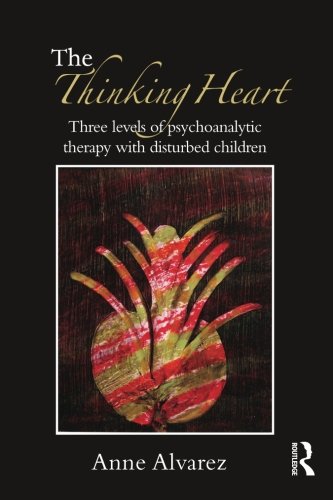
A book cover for The Thinking Heart: Three levels of psychoanalytic therapy with disturbed children; Anne Alvarez; Medical Books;